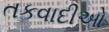
તકવાદીઓ